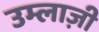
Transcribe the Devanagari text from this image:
उम्लाज़ी